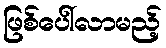
ဖြစ်ပေါ်လာမည့်